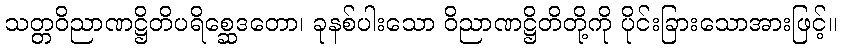
သတ္တဝိညာဏဋ္ဌိတိပရိစ္ဆေဒတော၊ ခုနစ်ပါးသော ဝိညာဏဋ္ဌိတိတို့ကို ပိုင်းခြားသောအားဖြင့်။